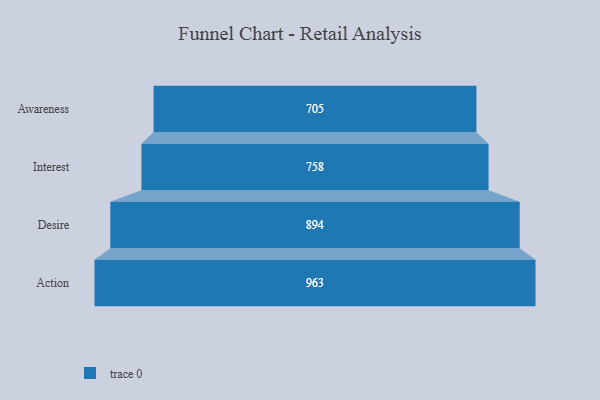
{"axis": {"x": "Stage", "y": "Value"}, "legend": [""], "data": [{"x": "Awareness", "y": 705.0, "type": ""}, {"x": "Interest", "y": 758.0, "type": ""}, {"x": "Desire", "y": 894.0, "type": ""}, {"x": "Action", "y": 963.0, "type": ""}]}